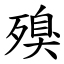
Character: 殠